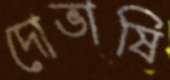
দোভাষি